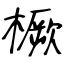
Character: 橛